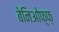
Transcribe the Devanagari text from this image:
बेनिओफ़्फ़